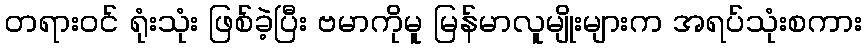
တရားဝင် ရုံးသုံး ဖြစ်ခဲ့ပြီး ဗမာကိုမူ မြန်မာလူမျိုးများက အရပ်သုံးစကား